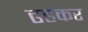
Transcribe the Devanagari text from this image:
ढहकर